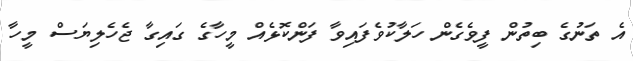
އެ ތަނުގެ ބިތުން ފީވެގެން ހަލާކުވެފައިވާ ފަންކޮޅެއް މީހާގެ ގައިގާ ޖެހެލިޔަސް މީހާ